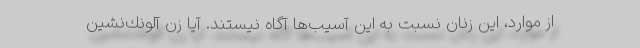
از موارد، اين زنان نسبت به اين آسيب‌ها آگاه نيستند. آيا زن آلونك‌نشين